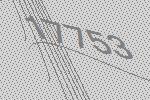
17753